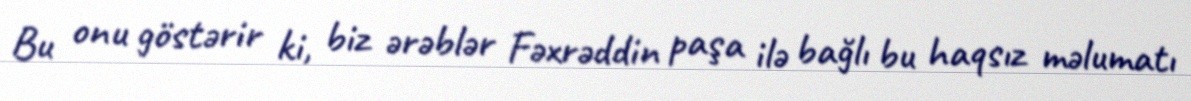
Bu onu göstərir ki, biz ərəblər Fəxrəddin paşa ilə bağlı bu haqsız məlumatı